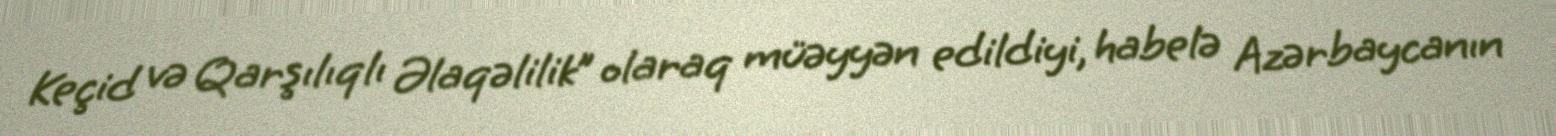
Keçid və Qarşılıqlı Əlaqəlilik” olaraq müəyyən edildiyi, habelə Azərbaycanın